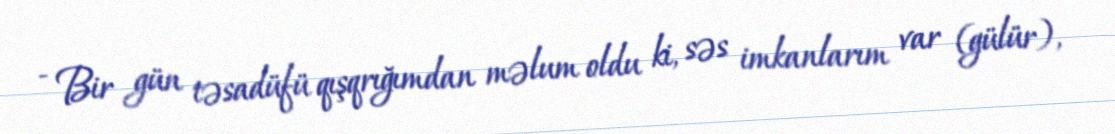
- Bir gün təsadüfü qışqrığımdan məlum oldu ki, səs imkanlarım var (gülür),